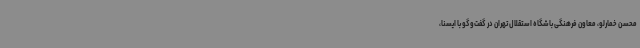
محسن خمارلو، معاون فرهنگی باشگاه استقلال تهران در گفت‌وگو با ایسنا،